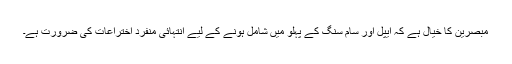
مبصرین کا خیال ہے کہ ایپل اور سام سنگ کے پہلُو میں شامل ہونے کے لیے انتہائی منفرد اختراعات کی ضرورت ہے۔